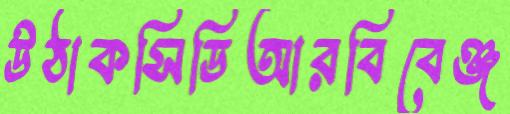
উঠাকসিডিআরবিবেঞ্জ